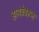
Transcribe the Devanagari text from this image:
हायवेवरून